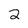
Character: 2